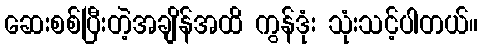
ဆေးစစ်ပြီးတဲ့အချိန်အထိ ကွန်ဒုံး သုံးသင့်ပါတယ်။